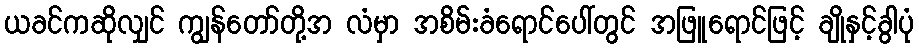
ယခင်ကဆိုလျှင် ကျွန်တော်တို့အ လံမှာ အစိမ်းခံရောင်ပေါ်တွင် အဖြူရောင်ဖြင့် ချိုနှင့်ခွါပုံ